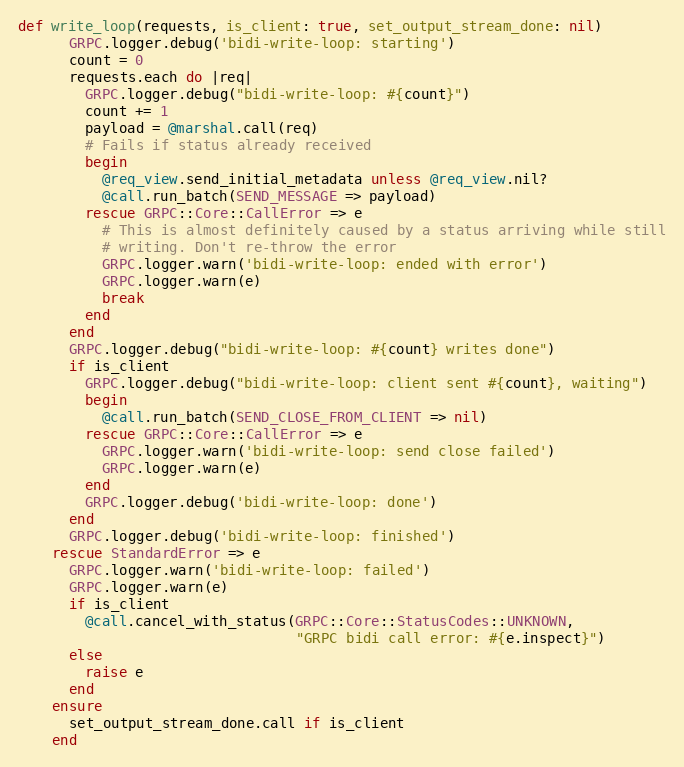
Language: Ruby
def write_loop(requests, is_client: true, set_output_stream_done: nil)
      GRPC.logger.debug('bidi-write-loop: starting')
      count = 0
      requests.each do |req|
        GRPC.logger.debug("bidi-write-loop: #{count}")
        count += 1
        payload = @marshal.call(req)
        # Fails if status already received
        begin
          @req_view.send_initial_metadata unless @req_view.nil?
          @call.run_batch(SEND_MESSAGE => payload)
        rescue GRPC::Core::CallError => e
          # This is almost definitely caused by a status arriving while still
          # writing. Don't re-throw the error
          GRPC.logger.warn('bidi-write-loop: ended with error')
          GRPC.logger.warn(e)
          break
        end
      end
      GRPC.logger.debug("bidi-write-loop: #{count} writes done")
      if is_client
        GRPC.logger.debug("bidi-write-loop: client sent #{count}, waiting")
        begin
          @call.run_batch(SEND_CLOSE_FROM_CLIENT => nil)
        rescue GRPC::Core::CallError => e
          GRPC.logger.warn('bidi-write-loop: send close failed')
          GRPC.logger.warn(e)
        end
        GRPC.logger.debug('bidi-write-loop: done')
      end
      GRPC.logger.debug('bidi-write-loop: finished')
    rescue StandardError => e
      GRPC.logger.warn('bidi-write-loop: failed')
      GRPC.logger.warn(e)
      if is_client
        @call.cancel_with_status(GRPC::Core::StatusCodes::UNKNOWN,
                                 "GRPC bidi call error: #{e.inspect}")
      else
        raise e
      end
    ensure
      set_output_stream_done.call if is_client
    end